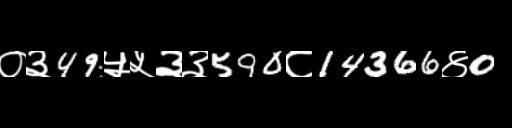
Text: ०३49५५३३590८14366४0